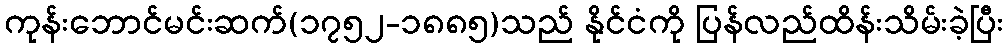
ကုန်းဘောင်မင်းဆက်(၁၇၅၂-၁၈၈၅)သည် နိုင်ငံကို ပြန်လည်ထိန်းသိမ်းခဲ့ပြီး